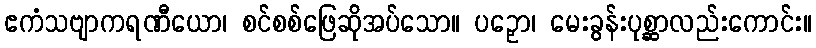
ဧကံသဗျာကရဏီယော၊ စင်စစ်ဖြေဆိုအပ်သော။ ပဉှော၊ မေးခွန်းပုစ္ဆာလည်းကောင်း။